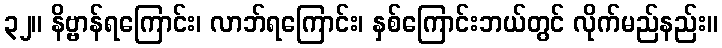
၃၂။ နိဗ္ဗာန်ရကြောင်း၊ လာဘ်ရကြောင်း၊ နှစ်ကြောင်းဘယ်တွင် လိုက်မည်နည်း။